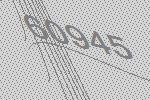
60945